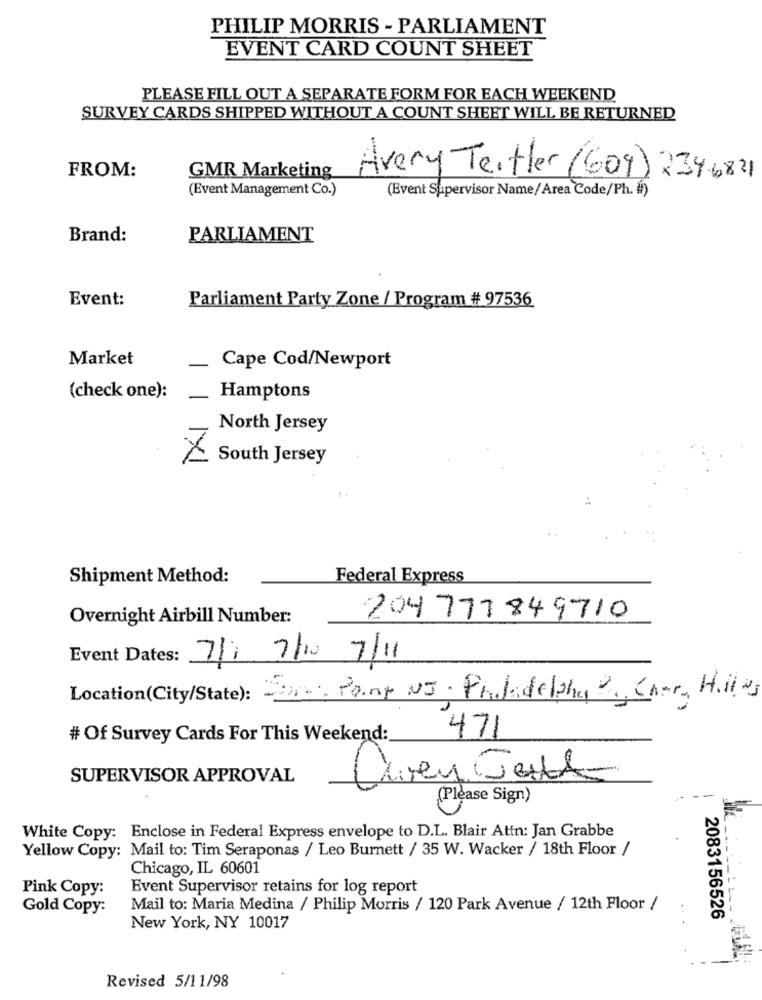
PHILIP MORRIS - PARLIAMENT
EVENT CARD COUNT SHEET
PLEASE FILL OUT A SEPARATE FORM FOR EACH WEEKEND
SURVEY CARDS SHIPPED WITHOUT A COUNT SHEET WILL BE RETURNED
FROM:
GMR Marketing
Avery Teitler (609) 2346821
(Event Management Co.)
(Event Supervisor Name/Area Code/Ph. #)
Brand:
PARLIAMENT
Event:
Parliament Party Zone / Program # 97536
Market
Cape Cod/Newport
(check one):
Hamptons
North Jersey
South Jersey
Shipment Method:
Federal Express
Overnight Airbill Number:
204 777849710
Event Dates: 71 7/10/ 7/11
Location(City/State): Dr. Pant US. Philadelphia 2 Char Hilles
# Of Survey Cards For This Weekend:
471
SUPERVISOR APPROVAL
Chey Jest
(Please Sign)
White Copy: Enclose in Federal Express envelope to D.L. Blair Attn: Jan Grabbe
Yellow Copy: Mail to: Tim Seraponas / Leo Burnett / 35 W. Wacker / 18th Floor /
Chicago, IL 60601
Pink Copy:
Event Supervisor retains for log report
Gold Copy:
Mail to: Maria Medina / Philip Morris / 120 Park Avenue / 12th Floor /
2083156526
New York, NY 10017
Revised 5/11/98